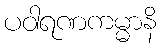
ပဝါရဏကမ္မာနိ